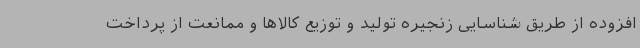
افزوده از طریق شناسایی زنجیره تولید و توزیع کالاها و ممانعت از پرداخت